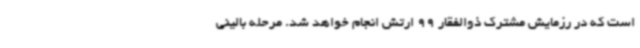
است که در رزمایش مشترک ذوالفقار 99 ارتش انجام خواهد شد. مرحله بالینی